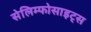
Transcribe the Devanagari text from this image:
सेलिम्फोसाइट्स